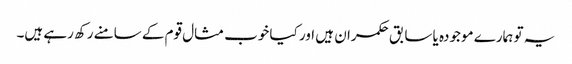
یہ تو ہمارے موجودہ یا سابق حکمران ہیں اور کیا خوب مثال قوم کے سامنے رکھ رہے ہیں۔